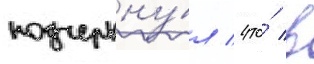
подчеркну́л / что́ в